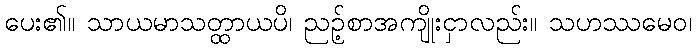
ပေး၏။ သာယမာသတ္ထာယပိ၊ ညဉ့်စာအကျိုးငှာလည်း။ သဟဿမေဝ၊